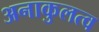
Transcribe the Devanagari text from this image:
अनाकुलत्व